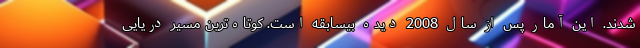
شدند. این آمار پس از سال 2008 دیده بیسابقه است. کوتاه‌ترین مسیر دریایی